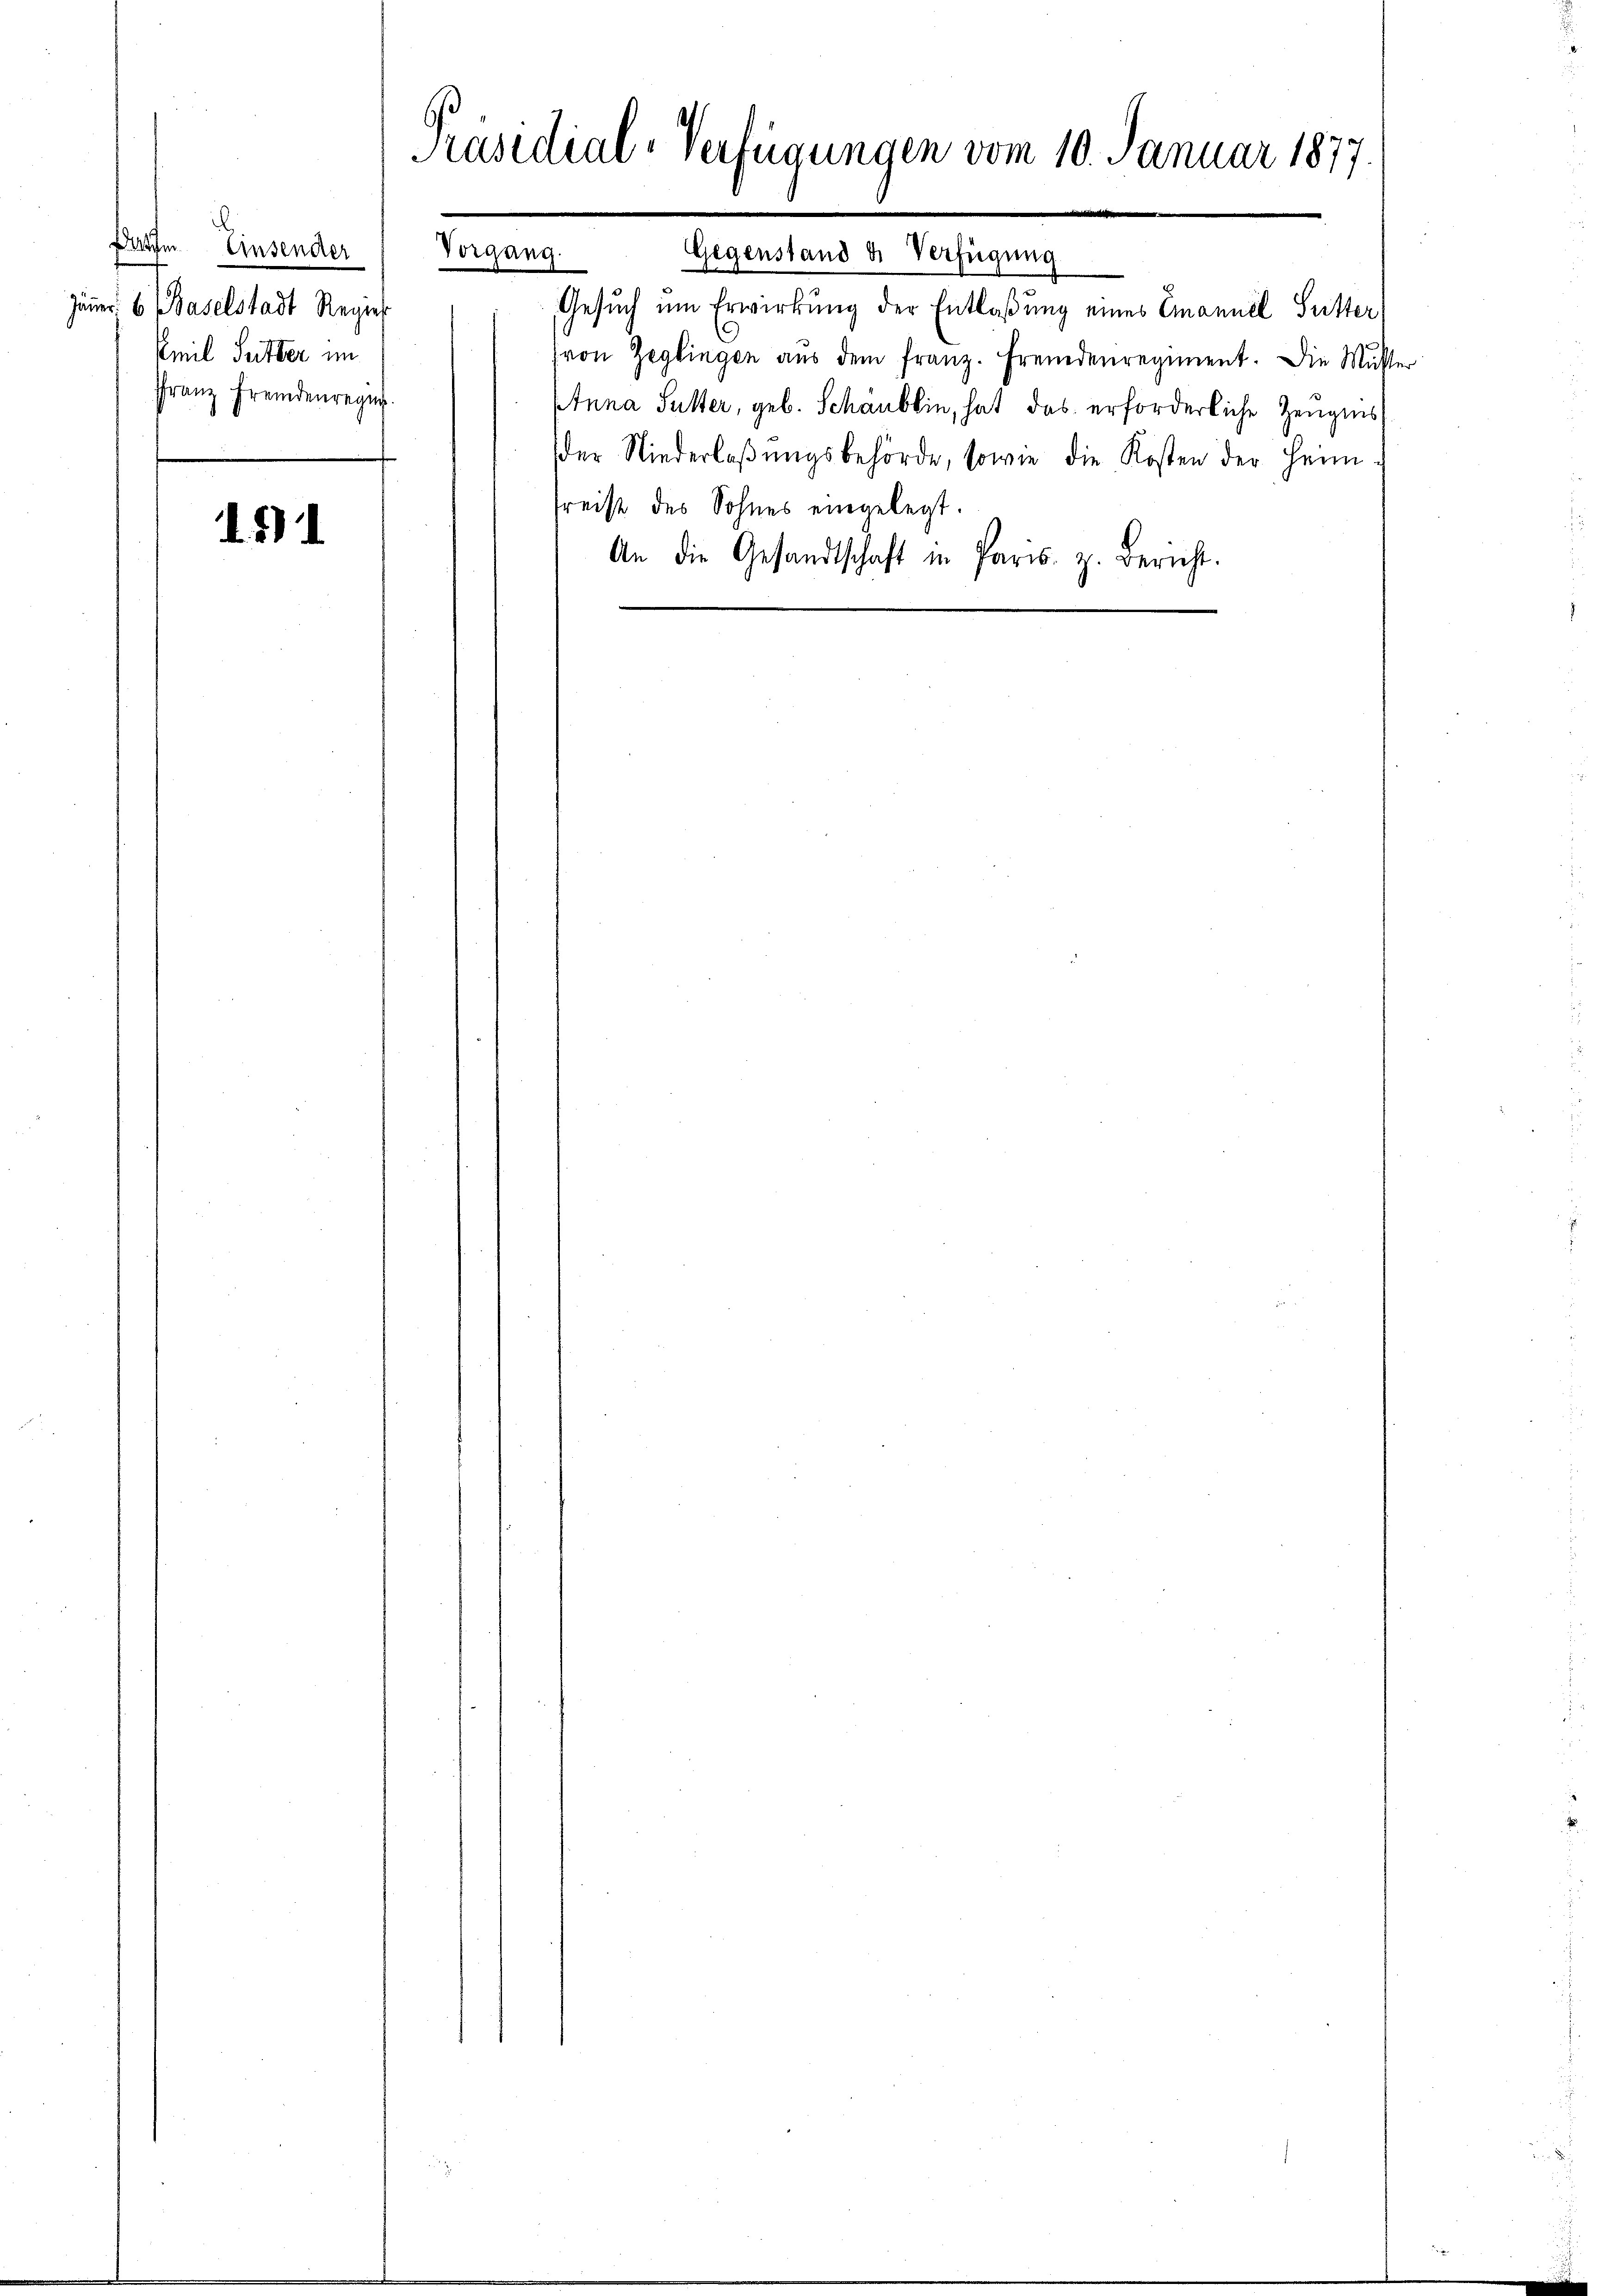
Batten Einsender
Jenner 6. Baselstadt Regier
Emil Sutter im
Franz fremdenregung.

11

Vorgang

Präsidial-Verfügungen vom 10. Januar 1877.

Gesuch um Erwirkung der Entlaßung eines Emanuel Sutter
von Heglingen aŭs dem franz. Fremdenregiment. Die Mutter
Anna Sutter, geb. Schaublin, hat das erforderliche Zeugnis
der Niederlaβŭngsbehörde, sowie die Kosten der Heim
reist des Sohnes eingelegt.
An die Gesandtschaft in Paris. z. Bericht.

Gegenstand & Verfügung